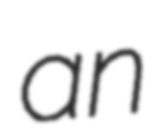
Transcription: an